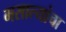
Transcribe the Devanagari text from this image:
मसाल्यांचा